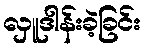
လှူဒါန်းခဲ့ခြင်း